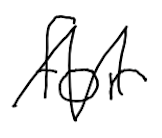
Text: for
Cross-out: zig-zag
Writing tool: digital_black